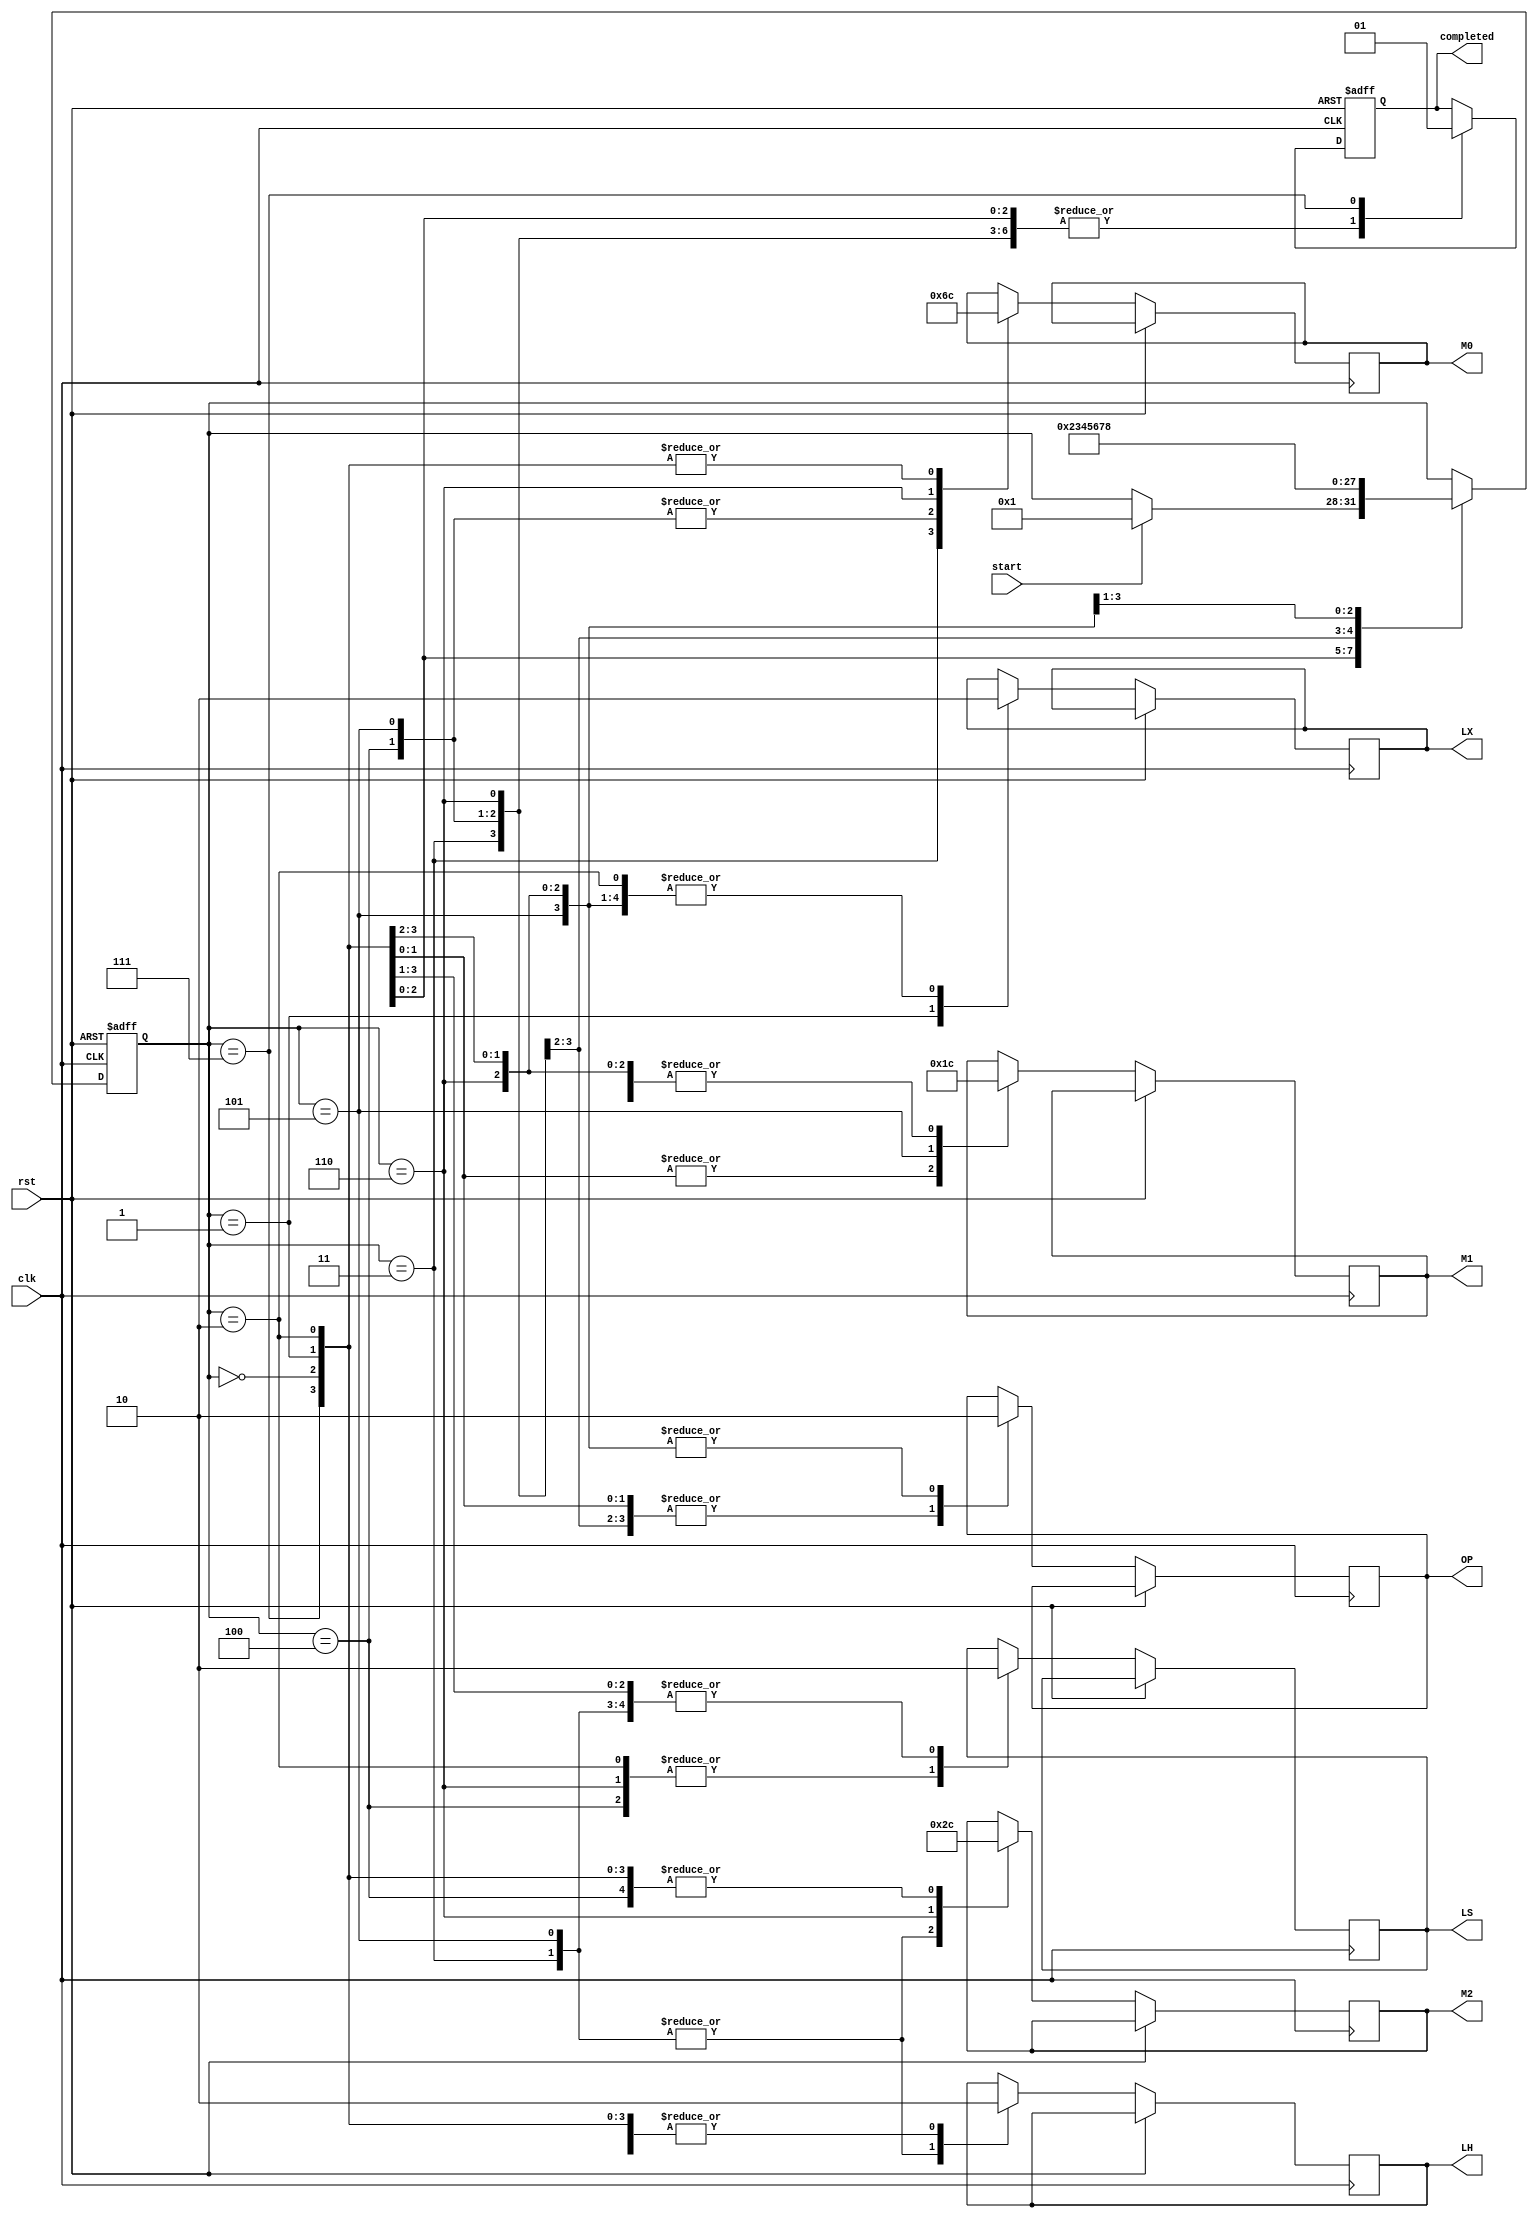
module control (
    input clk,
    input rst,
    input start,
    output reg LX,
    output reg LS,
    output reg LH,
    output reg OP,
    output reg [1:0] M0,
    output reg [1:0] M1,
    output reg [1:0] M2,
    output reg completed
);

    parameter [3:0] A = 4'b0000, B = 4'b0001, C = 4'b0010, D = 4'b0011, E = 4'b0100, F = 4'b0101, G = 4'b0110, H = 4'b0111, I = 4'b1000;
    reg [3:0] state = A;
    
    always @(posedge clk or posedge rst) 
    begin
        if (rst) 
        begin
            state <= A;
            completed <= 1'b0;
        end
        else begin
            case (state)
                A : begin
                    LX <= 1'b0;
                    M0 <= 2'b00;
                    M1 <= 2'b00;
                    M2 <= 2'b00;
                    OP <= 1'b0;
                    LS <= 1'b0;
                    LH <= 1'b0;
                    completed <= 1'b0;

                    if (start == 1'b1) state <= B;
                end

                B : begin
                    LX <= 1'b1; 
                    M0 <= 2'b00; 
                    M1 <= 2'b01;
                    M2 <= 2'b00; 
                    OP <= 1'b1; 
                    LS <= 1'b0; 
                    LH <= 1'b0;
                    completed <= 1'b0;

                    state <= C;
                end

                C : begin
                    LX <= 1'b0;
                    M0 <= 2'b00; 
                    M1 <= 2'b01;
                    M2 <= 2'b00; 
                    OP <= 1'b1; 
                    LS <= 1'b1; 
                    LH <= 1'b0; 
                    completed <= 1'b0;

                    state <= D;
                end

                D : begin
                    LX <= 1'b0; 
                    M0 <= 2'b01; 
                    M1 <= 2'b00;
                    M2 <= 2'b10; 
                    OP <= 1'b1; 
                    LS <= 1'b0; 
                    LH <= 1'b1;
                    completed <= 1'b0;

                    state <= E;
                end

                E : begin
                    LX <= 1'b0;
                    M0 <= 2'b10;
                    M1 <= 2'b00;
                    M2 <= 2'b00; 
                    OP <= 1'b1;
                    LS <= 1'b1;
                    LH <= 1'b0;
                    completed <= 1'b0;

                    state <= F;
                end

                F : begin
                    LX <= 1'b0;
                    M0 <= 2'b10;
                    M1 <= 2'b11;
                    M2 <= 2'b10; 
                    OP <= 1'b0;
                    LS <= 1'b0;
                    LH <= 1'b1;
                    completed <= 1'b0;

                    state <= G;
                end

                G : begin
                    LX <= 1'b0;
                    M0 <= 2'b11;
                    M1 <= 2'b00;
                    M2 <= 2'b11; 
                    OP <= 1'b0;
                    LS <= 1'b1;
                    LH <= 1'b0;
                    completed <= 1'b0;

                    state <= H;
                end

                H : begin
                    LX <= 1'b0;
                    M0 <= 2'b00;
                    M1 <= 2'b00;
                    M2 <= 2'b00; 
                    OP <= 1'b0;
                    LS <= 1'b0;
                    LH <= 1'b0;
                    completed <= 1'b1;

                    state <= I;
                end
            endcase
        end
    end
endmodule